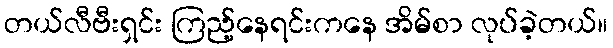
တယ်လီဗီးရှင်း ကြည့်နေရင်းကနေ အိမ်စာ လုပ်ခဲ့တယ်။